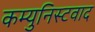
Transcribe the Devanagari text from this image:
कम्युनिस्टवाद